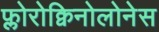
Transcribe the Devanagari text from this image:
फ्लोरोक्विनोलोनेस